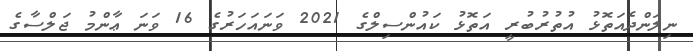
ނިލަންދެއަތޮޅު އުތުރުބުރީ އަތޮޅު ކައުންސިލްގެ 2021 ވަނައަހަރުގެ 16 ވަނަ ޢާންމު ޖަލްސާގެ